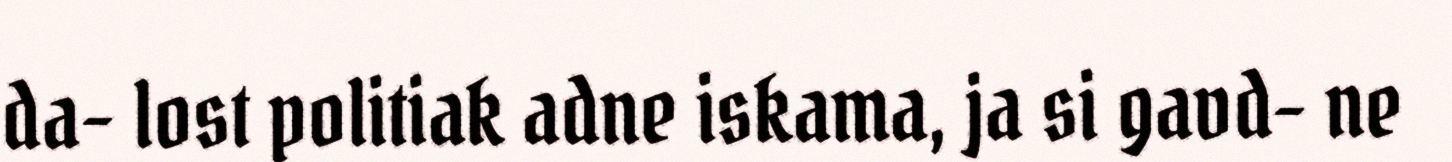
da- lost politiak adne iskama, ja si gavd- ne